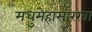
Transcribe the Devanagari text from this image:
मधुमेहासारखा